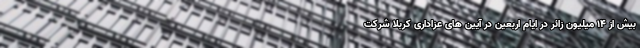
بیش از ۱۴ میلیون زائر در ایام اربعین در آیین های عزاداری کربلا شرکت